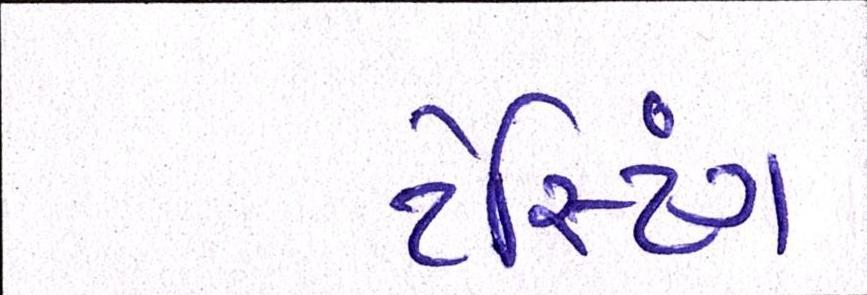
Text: ટેસ્ટિંગ